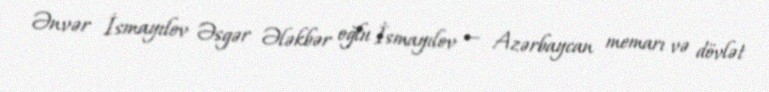
Ənvər İsmayılov Əsgər Ələkbər oğlu İsmayılov — Azərbaycan memarı və dövlət